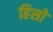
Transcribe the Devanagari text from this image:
हिसो